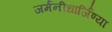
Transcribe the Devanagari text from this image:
जर्मनीधार्जिण्या